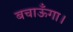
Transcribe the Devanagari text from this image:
बचाऊँगा।